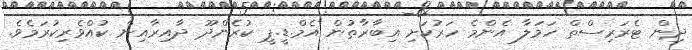
ދިން ޓެރަރިސްތް ހަމަލާ އެންމެ ހަރުކަށި އިބާރާތުން އެމް.ޑީ.ޕީ ކުރެންދޫ ދާއިރާއިން ކުއްވެރިކުރަމެވެ.